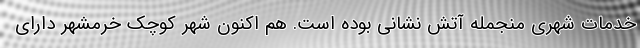
خدمات شهری منجمله آتش نشانی بوده است. هم اکنون شهر کوچک خرمشهر دارای